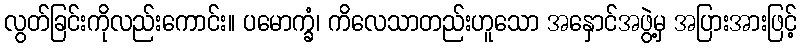
လွတ်ခြင်းကိုလည်းကောင်း။ ပမောက္ခံ၊ ကိလေသာတည်းဟူသော အနှောင်အဖွဲ့မှ အပြားအားဖြင့်